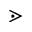
\gtrdot